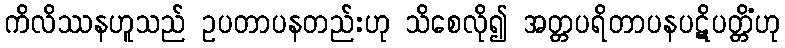
ကိလိဿနဟူသည် ဥပတာပနတည်းဟု သိစေလို၍ အတ္တပရိတာပနပဋိပတ္တိံဟု